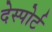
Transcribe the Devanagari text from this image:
देस्पोर्ट